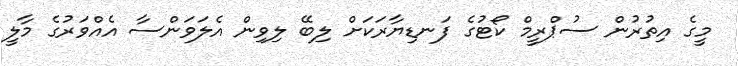
މީގެ އިތުރުން ސުޕްރީމް ކޯޓުގެ ފަނޑިޔާރަކަށް ލިބޭ ލިވިން އެލަވަންސާ އެއްވަރުގެ މާލީ